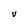
Character: v